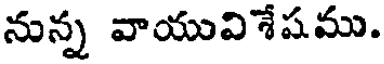
నున్న వాయువిశేషము.